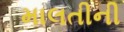
માલતીની